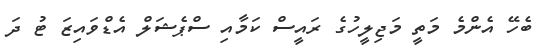
ބެހޭ އެންމެ މަތީ މަޖިލީހުގެ ރައީސް ކަމާއި ސްޕެޝަލް އެޑްވައިޒަ ޓު ދަ